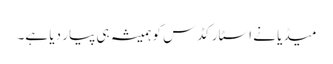
میڈیا نے اسٹار کڈس کو ہمیشہ ہی پیار دیا ہے۔